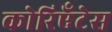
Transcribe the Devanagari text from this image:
कोरिएँटेस